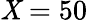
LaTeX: \mathit{X}=50